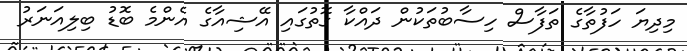
މިދިޔަ ހަފުތާގެ ތަފާސް ހިސާބުތަކުން ދައްކާ ގޮތުގައި އޭޝިއާގެ އެންމެ ބޮޑު ބިލިއަނަރު